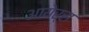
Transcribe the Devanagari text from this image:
आयेर्स